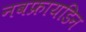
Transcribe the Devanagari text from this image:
नवफ्रायडिन